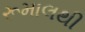
રૂમાલથી